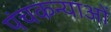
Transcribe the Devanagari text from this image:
पंचकन्याओं